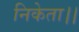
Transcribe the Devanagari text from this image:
निकेता।।